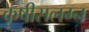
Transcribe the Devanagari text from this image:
कृषीसलग्न